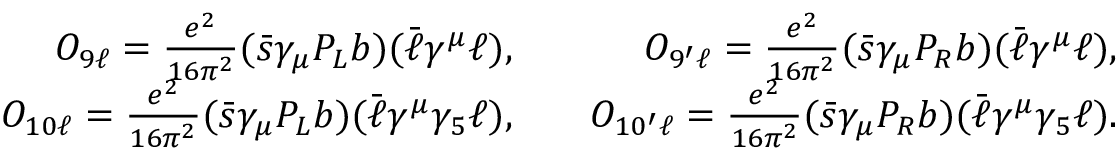
\begin{array} { r l r } { { \cal O } _ { 9 \ell } = \frac { e ^ { 2 } } { 1 6 \pi ^ { 2 } } ( \bar { s } \gamma _ { \mu } P _ { L } b ) ( \bar { \ell } \gamma ^ { \mu } \ell ) , } & { } & { { \cal O } _ { 9 ^ { \prime } \ell } = \frac { e ^ { 2 } } { 1 6 \pi ^ { 2 } } ( \bar { s } \gamma _ { \mu } P _ { R } b ) ( \bar { \ell } \gamma ^ { \mu } \ell ) , } \\ { { \cal O } _ { 1 0 \ell } = \frac { e ^ { 2 } } { 1 6 \pi ^ { 2 } } ( \bar { s } \gamma _ { \mu } P _ { L } b ) ( \bar { \ell } \gamma ^ { \mu } \gamma _ { 5 } \ell ) , } & { } & { { \cal O } _ { 1 0 ^ { \prime } \ell } = \frac { e ^ { 2 } } { 1 6 \pi ^ { 2 } } ( \bar { s } \gamma _ { \mu } P _ { R } b ) ( \bar { \ell } \gamma ^ { \mu } \gamma _ { 5 } \ell ) . } \end{array}